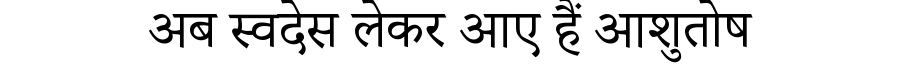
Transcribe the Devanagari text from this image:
अब स्वदेस लेकर आए हैं आशुतोष